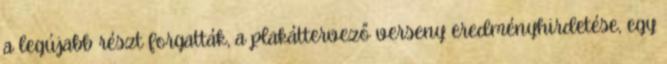
a legújabb részt forgatták, a plakáttervező verseny eredményhirdetése, egy